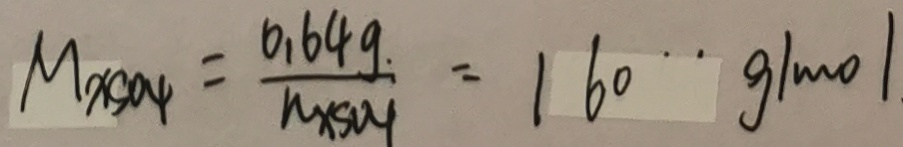
M _ { x S O _ { 4 } } = \frac { 0 . 6 4 g } { n \times 5 0 4 } = 1 6 0 g / m o l